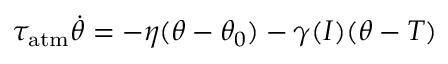
\tau _ { \mathrm { a t m } } \dot { \theta } = - \eta ( \theta - \theta _ { 0 } ) - \gamma ( I ) ( \theta - T )